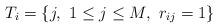
LaTeX: \begin{align*}T_i = \{j,\ 1\leq j\leq M, \ r_{ij}= 1\}\end{align*}